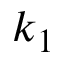
k _ { 1 }